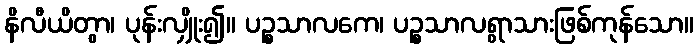
နိလီယိတွာ၊ ပုန်းလျှိုး၍။ ပဉ္စသာလကေ၊ ပဉ္စသာလရွာသားဖြစ်ကုန်သော။